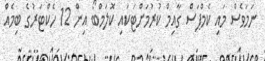
ނަމަވެސް މައި ކެމްޕަސް ގާއިމް ކުރުމަށްޓަކައި ކޮލަމްބޯ އިން 12 ހެކްޓަރުގެ ބިމެއް